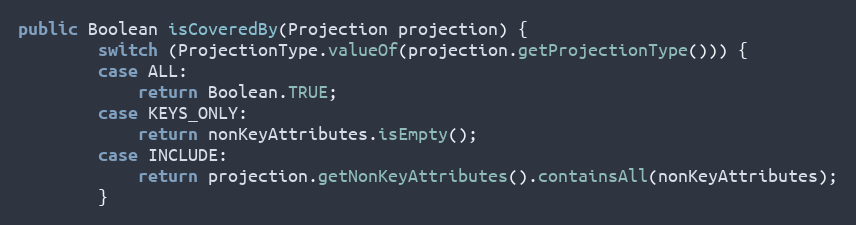
Language: Java
public Boolean isCoveredBy(Projection projection) {
        switch (ProjectionType.valueOf(projection.getProjectionType())) {
        case ALL:
            return Boolean.TRUE;
        case KEYS_ONLY:
            return nonKeyAttributes.isEmpty();
        case INCLUDE:
            return projection.getNonKeyAttributes().containsAll(nonKeyAttributes);
        }